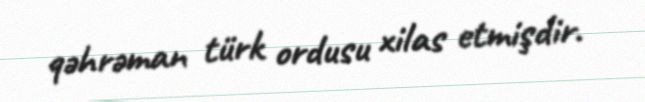
qəhrəman türk ordusu xilas etmişdir.